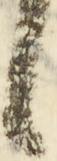
候